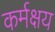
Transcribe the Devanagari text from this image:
कर्मक्षय